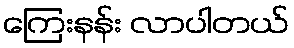
ကြေးနန်း လာပါတယ်